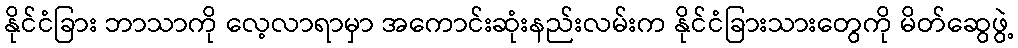
နိုင်ငံခြား ဘာသာကို လေ့လာရာမှာ အကောင်းဆုံးနည်းလမ်းက နိုင်ငံခြားသားတွေကို မိတ်ဆွေဖွဲ့